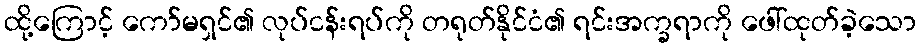
ထို့ကြောင့် ကော်မရှင်၏ လုပ်ငန်းရပ်ကို တရုတ်နိုင်ငံ၏ ရင်းအက္ခရာကို ဖေါ်ထုတ်ခဲ့သော